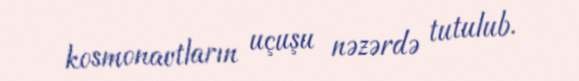
kosmonavtların uçuşu nəzərdə tutulub.